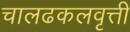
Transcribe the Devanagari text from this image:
चालढकलवृत्ती